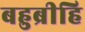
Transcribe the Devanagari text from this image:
बहुब्रीहि